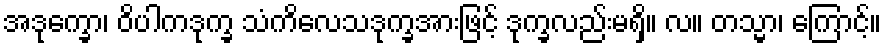
အဒုက္ခော၊ ဝိပါကဒုက္ခ သံကိလေသဒုက္ခအားဖြင့် ဒုက္ခလည်းမရှိ။ လ။ တသ္မာ၊ ကြောင့်။